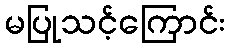
မပြုသင့်ကြောင်း